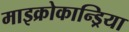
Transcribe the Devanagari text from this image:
माइक्रोकान्ड्रिया